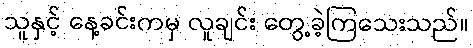
သူနှင့် နေ့ခင်းကမှ လူချင်း တွေ့ခဲ့ကြသေးသည်။